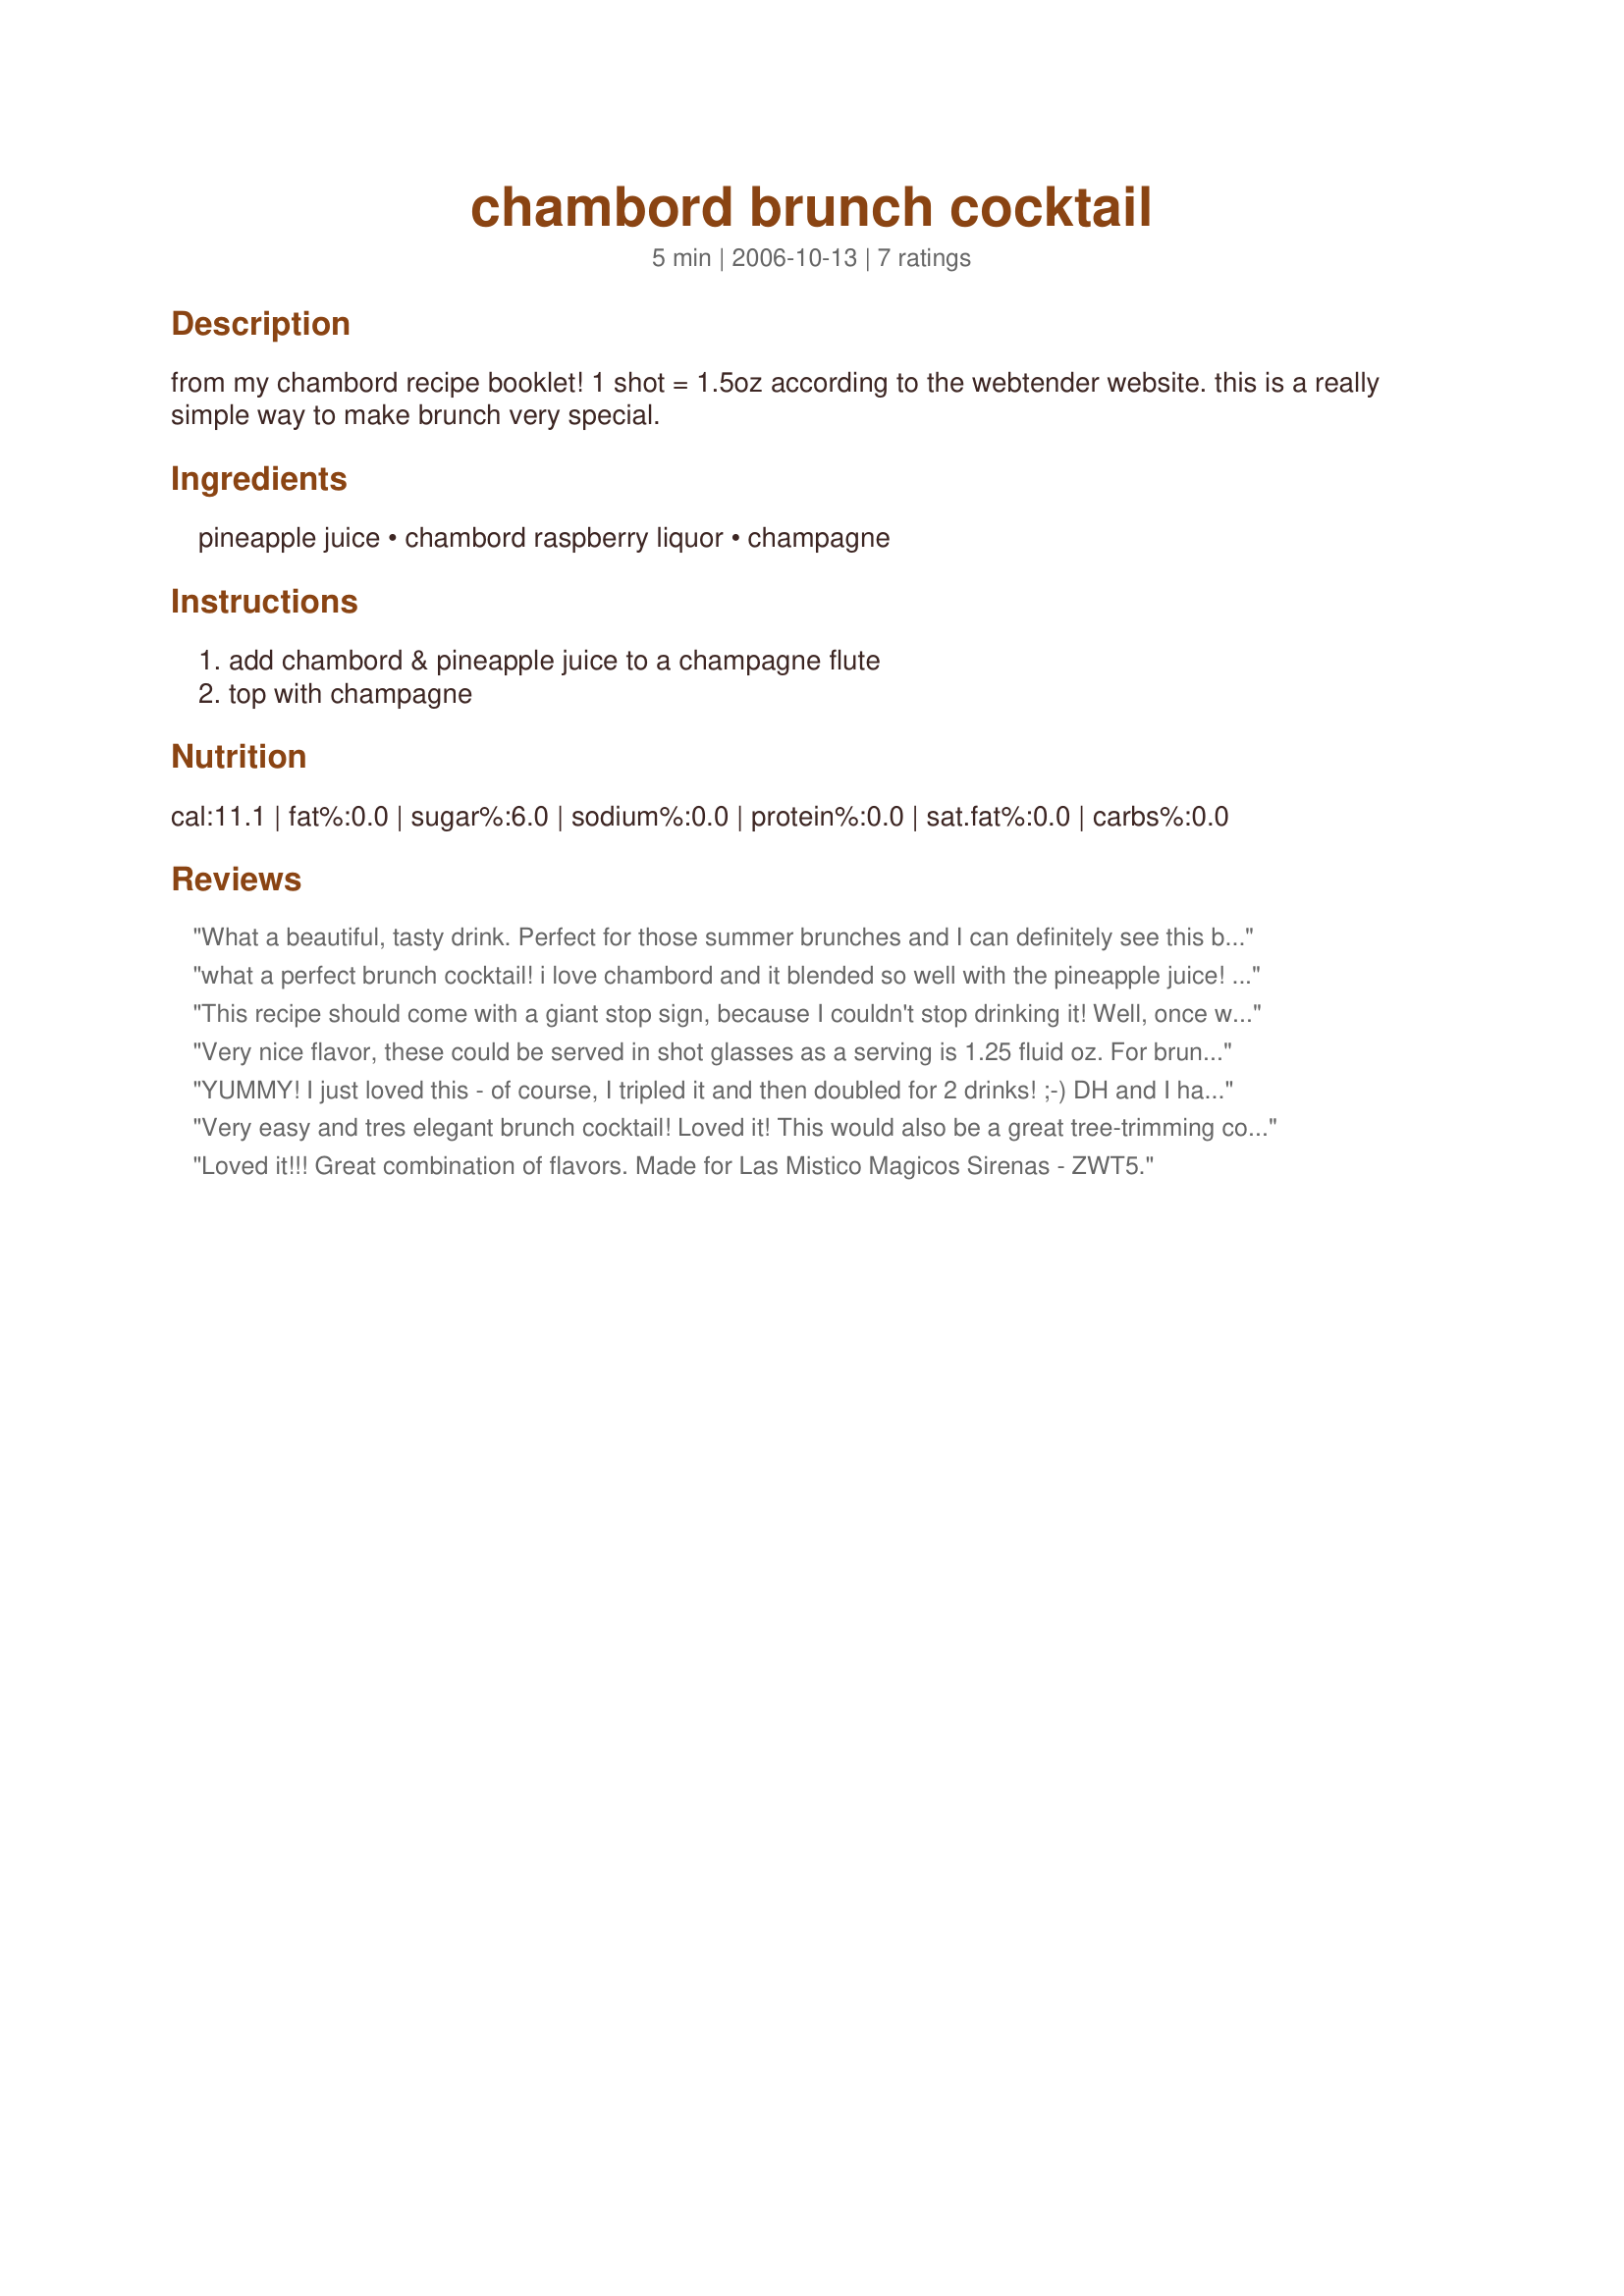
chambord brunch cocktail
Preparation time: 5 minutes

from my chambord recipe booklet! 1 shot = 1.5oz according to the webtender website. this is a really simple way to make brunch very special.

Ingredients:
pineapple juice, chambord raspberry liquor, champagne

Steps:
add chambord & pineapple juice to a champagne flute, top with champagne

Reviews:
What a beautiful, tasty drink. Perfect for those summer brunches and I can definitely see this being served at a bridal brunch. Thanks for a great recipe. Made for Recipe Swap.
what a perfect brunch cocktail! i love chambord and it blended so well with the pineapple juice! yum! i loved it! i will def b making these again! the pic already posted is prettier than the one i took so i wont post any pix. great great drink tho! :) made for recipe swap!
This recipe should come with a giant stop sign, because I couldn't stop drinking it! Well, once we ran out of champagne I stopped. Delicious and so pretty looking, you can't go wrong! Made for ZWT 5 :)
Very nice flavor, these could be served in shot glasses as a serving is 1.25 fluid oz. For brunch, that is just enough to toast. Made for The Wild Bunch of ZW8 during our French stop.
YUMMY! I just loved this - of course, I tripled it and then doubled for 2 drinks! ;-) DH and I had one after dinner. Now I want another! Thanks for sharing a fab-u-lous drinkie poo, Elmotoo!
Very easy and tres elegant brunch cocktail! Loved it! This would also be a great tree-trimming cocktail during the holidays. Thanks, Elmotoo! Made for ZWT5, Kitchen Witches.
Loved it!!! Great combination of flavors. Made for Las Mistico Magicos Sirenas - ZWT5.
